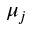
\mu _ { j }